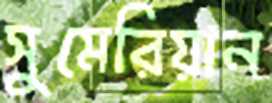
সুমেরিয়ান